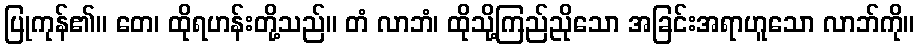
ပြုကုန်၏။ တေ၊ ထိုရဟန်းတို့သည်။ တံ လာဘံ၊ ထိုသို့ကြည်ညိုသော အခြင်းအရာဟူသော လာဘ်ကို။